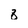
Character: 8